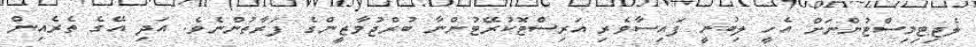
ލެޖިޓިމިސްޓުންނަށް އެހީ ލިބުނީ ފައިސާވެރި އަރިސްޓޮކުރޭޓުންނާ ބުރްޖުވާޒީންގެ ފަރާތުންނެވެ. އަދި އޭގެ ތެރެއިން